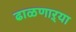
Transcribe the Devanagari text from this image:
ढाळणाऱ्या